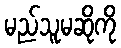
မည်သူမဆိုကို